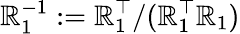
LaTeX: \boldsymbol{\mathbb{R}}_{1}^{-1}:=\boldsymbol{\mathbb{R}}_{1}^{\top}/(\boldsymbol{\mathbb{R}}_{1}^{\top}\boldsymbol{\mathbb{R}}_{1})